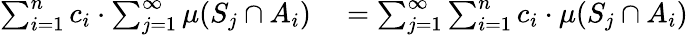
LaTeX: \begin{array}{rl}{\sum_{i=1}^{n}c_{i}\cdot\sum_{j=1}^{\infty}\mu(S_{j}\cap A_{i})}&{{}=\sum_{j=1}^{\infty}\sum_{i=1}^{n}c_{i}\cdot\mu(S_{j}\cap A_{i})}\end{array}